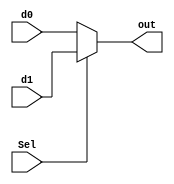
`timescale 1ns / 1ps

module MUX2(d0, d1, Sel, out);
parameter DATA_WIDTH=4;
input Sel;
input [DATA_WIDTH-1:0] d0;
input [DATA_WIDTH-1:0] d1;
output reg [DATA_WIDTH-1:0] out;

always@(d0, d1, Sel) begin
    if(Sel) begin
        out=d1;
    end else begin
        out=d0;
    end
end
endmodule